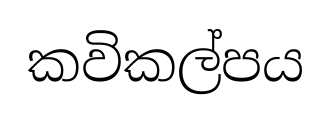
කවිකල්පය